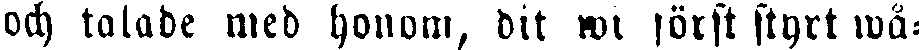
och talade med honom, dit wi först styrt wå-